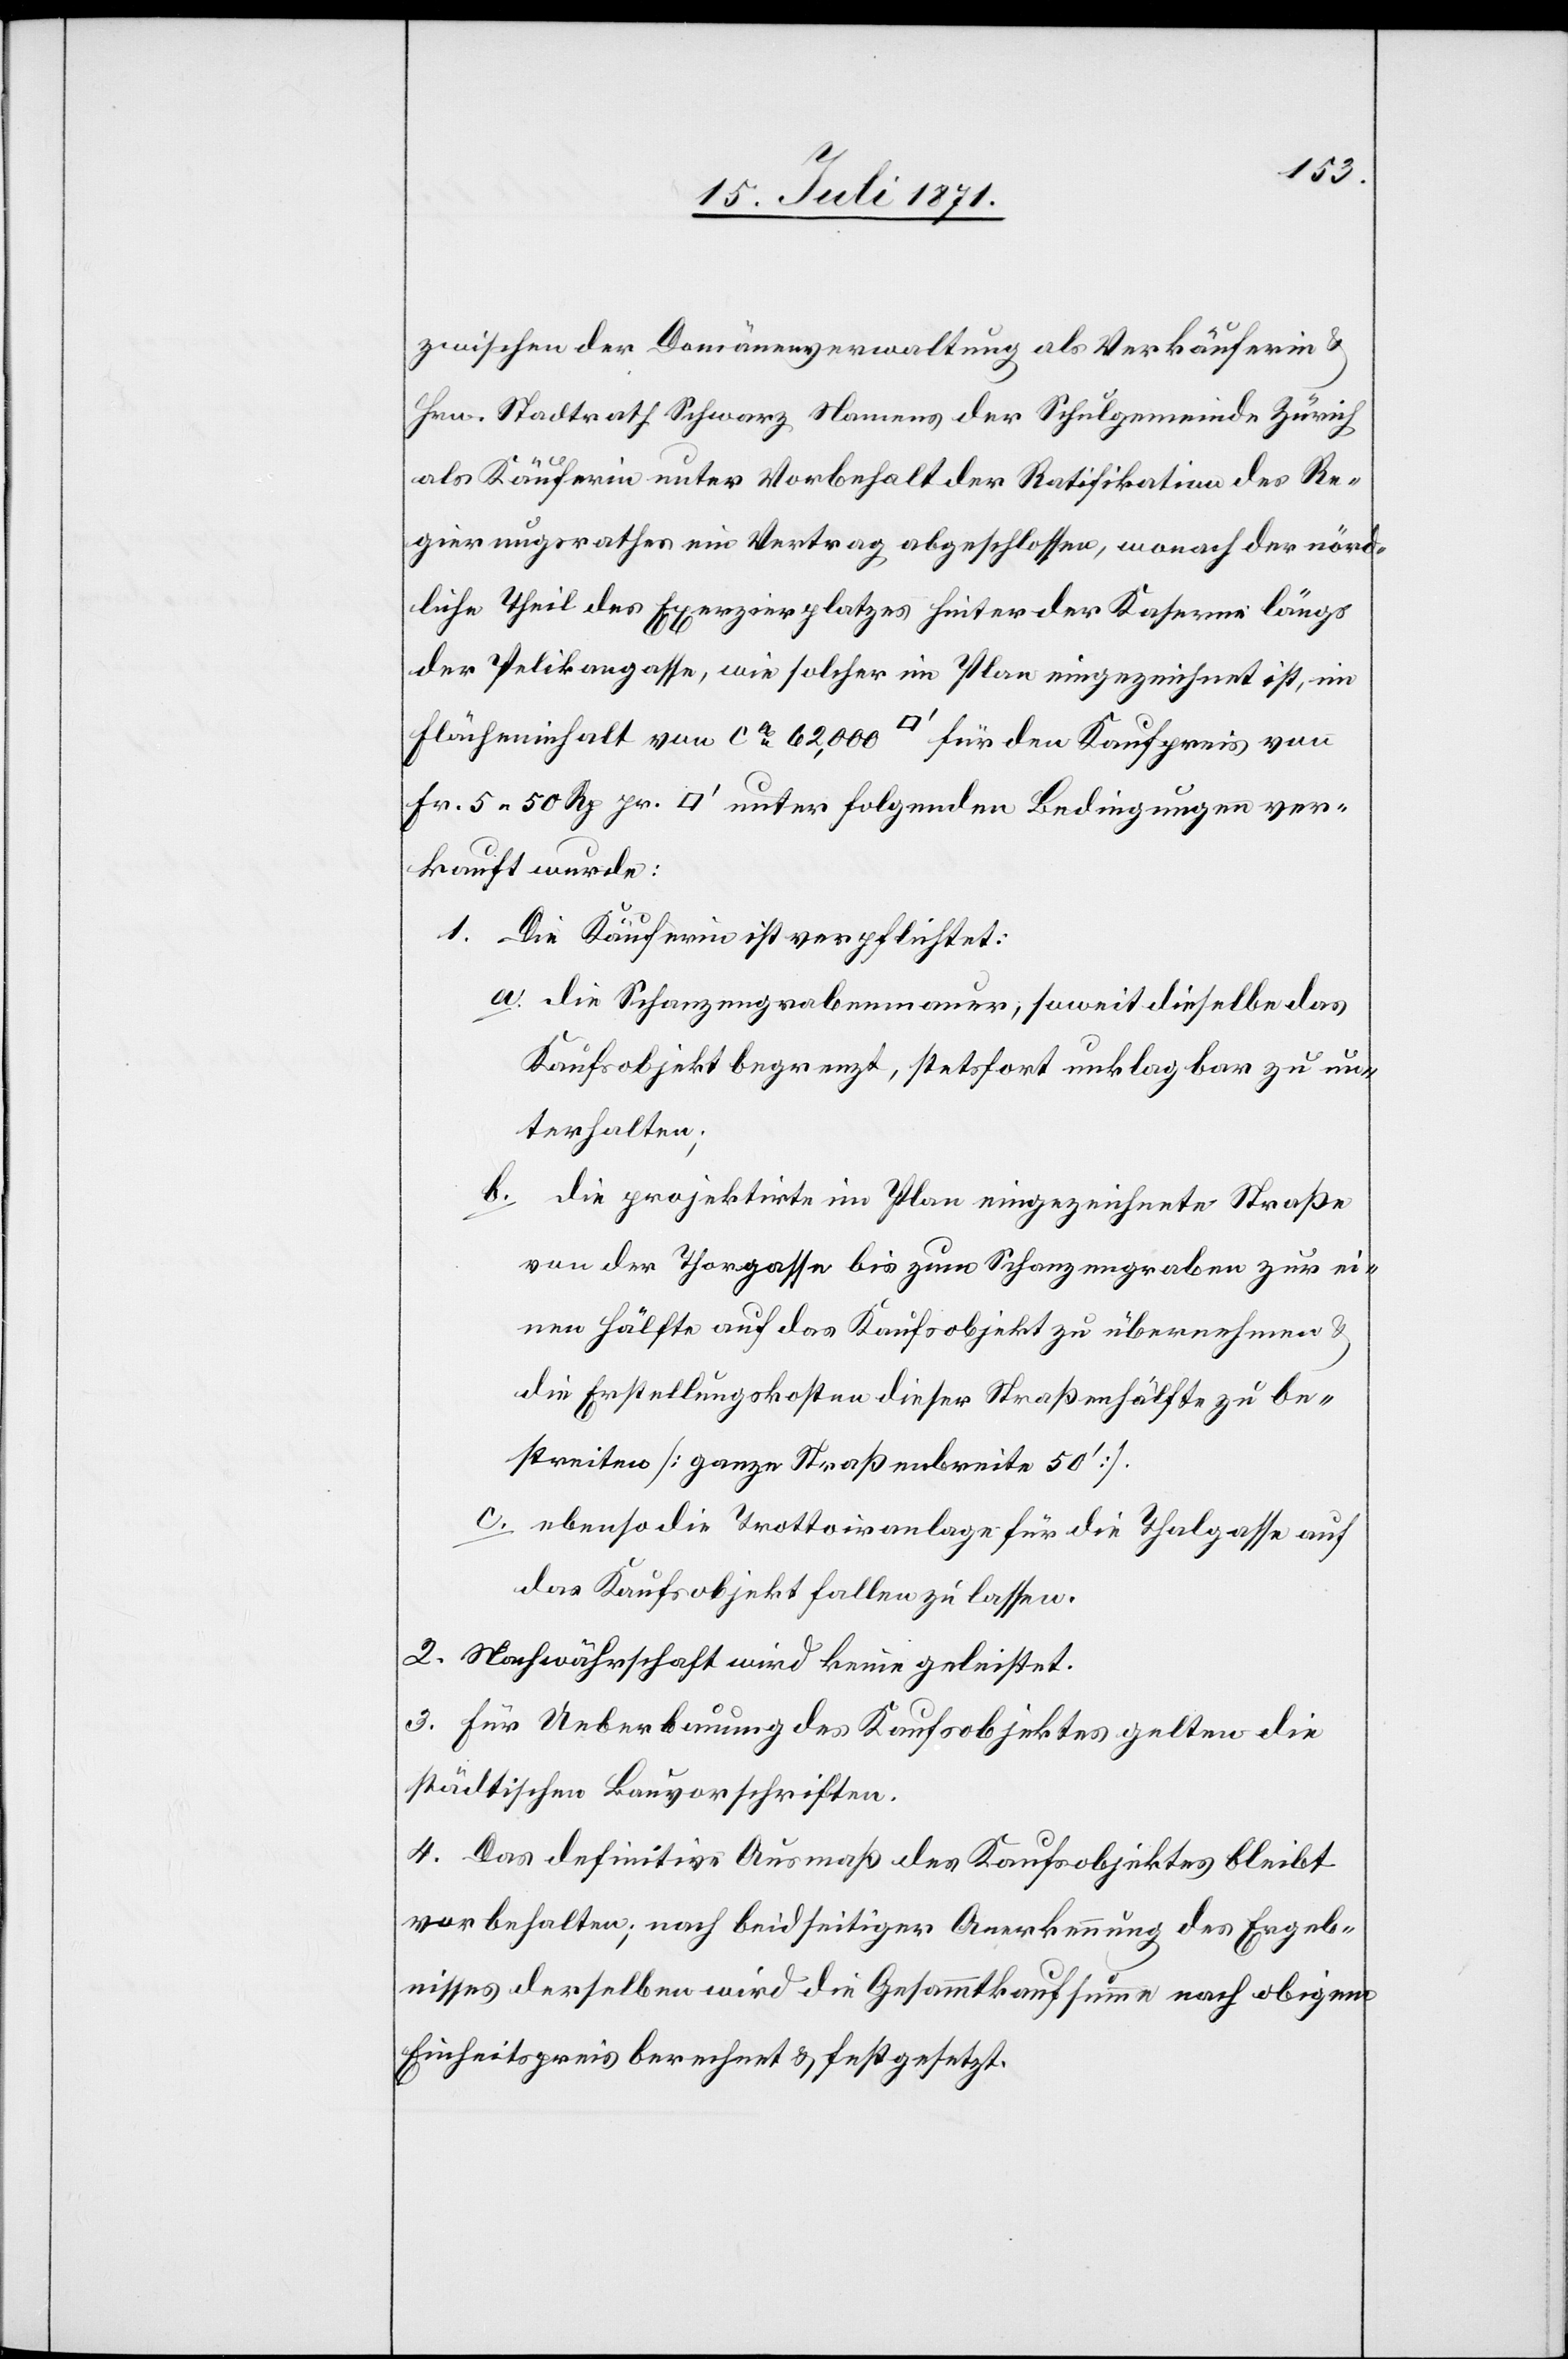
zwischen der Domänenverwaltung als Verkäuferin u.
Hrn. Stadtrath Schwarz Namens der Schulgemeinde Zürich
als Käuferin unter Vorbehalt der Ratifikation des Re¬
gierungsrathes ein Vertrag abgeschlossen, wonach der nörd¬
liche Theil des Exerzierplatzes hinter der Kaserne längs
der Pelikangasse, wie solcher im Plan eingezeichnet ist, im
Flächeninhalt von ca. 62,000 [Quadratfuss] für den Kaufpreis von
Fr. 5.50 Rp. pr. [Quadratfuss] unter folgenden Bedingungen ver¬
kauft wurde:
Die Käuferin ist verpflichtet:
die Schanzengrabenmauer, soweit dieselbe das
Kaufobjekt begrenzt, stetsfort unklagbar zu un¬
terhalten;
die projektirte im Plan eingezeichnete Straße
von der Thorgasse bis zum Schanzengraben zur ei¬
nen Hälfte auf das Kaufsobjekt zu übernehmen u.
die Erstellungskosten dieser Straßenhälfte zu be¬
streiten [ganze Straßenbreite 50‘]
ebenso die Trottoiranlage für die Thalgasse auf
das Kaufsobjekt fallen zu lassen.
Nachwährschaft wird keine geleistet.
Für Ueberbauung des Kaufsobjektes gelten die
städtischen Bauvorschriften.
Das definitive Ausmaß des Kaufsobjektes bleibt
vorbehalten, nach beidseitiger Anerkennung des Ergeb¬
nisses derselben wird die Gesammtkaufsumme nach obigem
Einheitspreis berechnet u. festgesetzt.